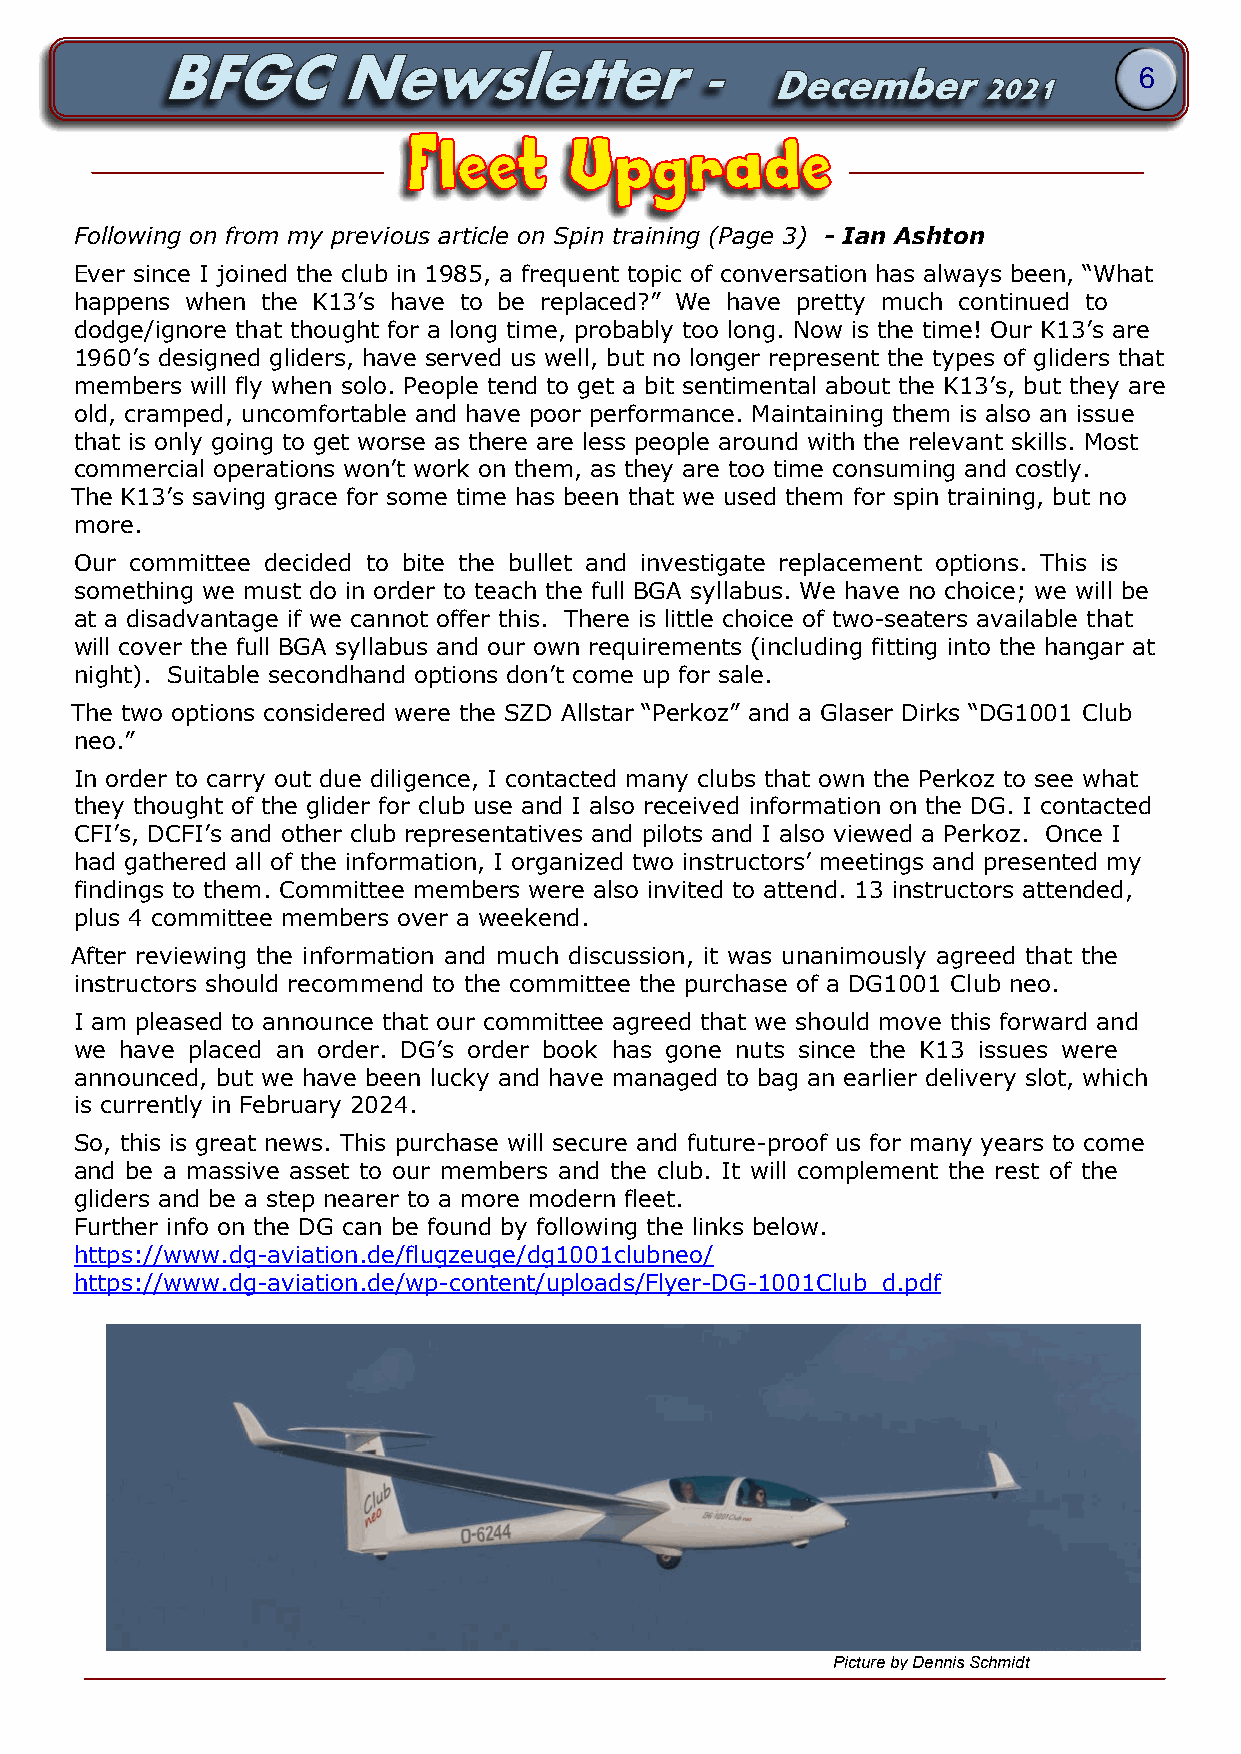
6
 Fleet      Upgrade
 Following on from my previous article on Spin training (Page 3) - Ian Ashton
 Ever since I joined the club in 1985, a frequent topic of conversation has always been, “What
 happens when the K13’s have to be replaced?” We have pretty much continued to
 dodge/ignore that thought for a long time, probably too long. Now is the time! Our K13’s are
 1960’s designed gliders, have served us well, but no longer represent the types of gliders that
 members will fly when solo. People tend to get a bit sentimental about the K13’s, but they are
 old, cramped, uncomfortable and have poor performance. Maintaining them is also an issue
 that is only going to get worse as there are less people around with the relevant skills. Most
 commercial operations won’t work on them, as they are too time consuming and costly.
 The K13’s saving grace for some time has been that we used them for spin training, but no
 more.
 Our committee decided to bite the bullet and investigate replacement options. This is
 something we must do in order to teach the full BGA syllabus. We have no choice; we will be
 at a disadvantage if we cannot offer this. There is little choice of two-seaters available that
 will cover the full BGA syllabus and our own requirements (including fitting into the hangar at
 night). Suitable secondhand options don’t come up for sale.
 The two options considered were the SZD Allstar “Perkoz” and a Glaser Dirks “DG1001 Club
 neo.”
 In order to carry out due diligence, I contacted many clubs that own the Perkoz to see what
 they thought of the glider for club use and I also received information on the DG. I contacted
 CFI’s, DCFI’s and other club representatives and pilots and I also viewed a Perkoz. Once I
 had gathered all of the information, I organized two instructors’ meetings and presented my
 findings to them. Committee members were also invited to attend. 13 instructors attended,
 plus 4 committee members over a weekend.
 After reviewing the information and much discussion, it was unanimously agreed that the
 instructors should recommend to the committee the purchase of a DG1001 Club neo.
 I am pleased to announce that our committee agreed that we should move this forward and
 we have placed an order. DG’s order book has gone nuts since the K13 issues were
 announced, but we have been lucky and have managed to bag an earlier delivery slot, which
 is currently in February 2024.
 So, this is great news. This purchase will secure and future-proof us for many years to come
 and be a massive asset to our members and the club. It will complement the rest of the
 gliders and be a step nearer to a more modern fleet.
 Further info on the DG can be found by following the links below.
 https://www.dg-aviation.de/flugzeuge/dg1001clubneo/
 https://www.dg-aviation.de/wp-content/uploads/Flyer-DG-1001Club_d.pdf
 Picture by Dennis Schmidt